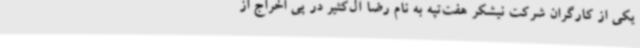
یکی از کارگران شرکت نیشکر هفت‌تپه به نام رضا آل‌کثیر در پی اخراج از